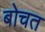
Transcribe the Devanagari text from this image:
बोचत